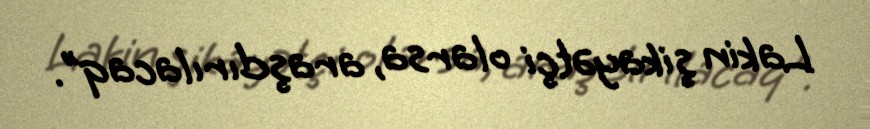
Lakin şikayətçi olarsa, araşdırılacaq”.